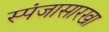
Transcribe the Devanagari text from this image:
स्पंजासारखा